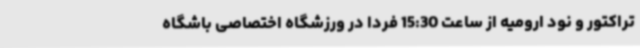
تراکتور و نود ارومیه از ساعت 15:30 فردا در ورزشگاه اختصاصی باشگاه